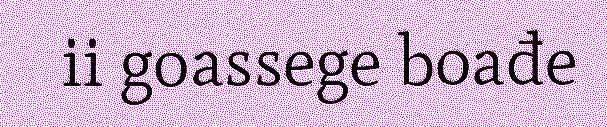
ii goassege boađe